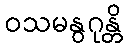
ဝသမနွဂုန္တိ